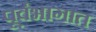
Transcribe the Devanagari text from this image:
पूर्वभागात